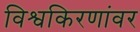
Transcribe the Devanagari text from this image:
विश्वकिरणांवर